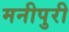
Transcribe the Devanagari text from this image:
मनीपुरी